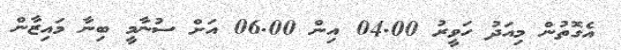
އެގޮތުން މިއަދު ހަވީރު 04.00 އިން 06.00 އަށް ސުނާމީ ބިނާ މައިޒާން